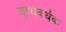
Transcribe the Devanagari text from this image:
दुग्धवर्धक